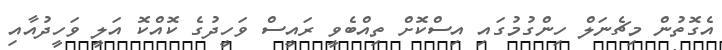
އެގޮތުން މިޗެނަލް ހިންގުމުގައި އިސްކޮށް ތިއްބެވީ ރައީސް ވަހީދުގެ ކޮއްކޮ އަލީ ވަހީދުއާއި